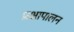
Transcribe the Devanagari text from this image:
प्रक्षापालन